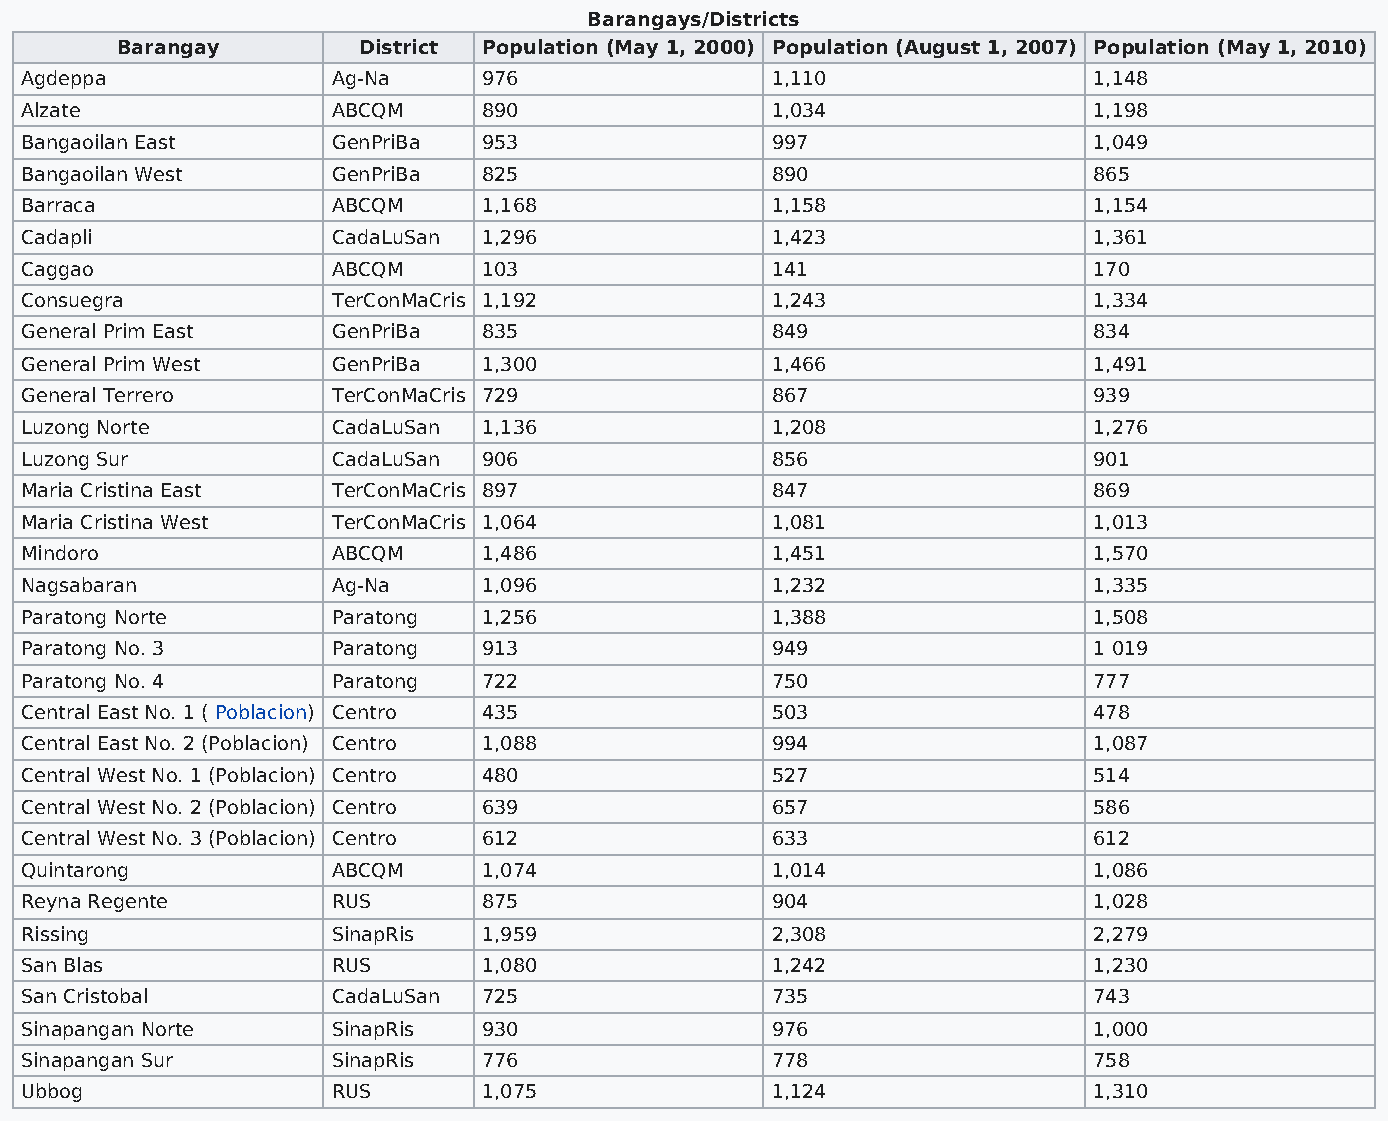
Barangays/Districts
 Barangay        District Population (May 1, 2000) Population (August 1, 2007) Population (May 1, 2010)
 Agdeppa              Ag-Na     976                1,110                1,148
 Alzate               ABCQM     890                1,034                1,198
 Bangaoilan East      GenPriBa  953                997                  1,049
 Bangaoilan West      GenPriBa  825                890                  865
 Barraca              ABCQM     1,168              1,158                1,154
 Cadapli              CadaLuSan 1,296              1,423                1,361
 Caggao               ABCQM     103                141                  170
 Consuegra            TerConMaCris 1,192           1,243                1,334
 General Prim East    GenPriBa  835                849                  834
 General Prim West    GenPriBa  1,300              1,466                1,491
 General Terrero      TerConMaCris 729             867                  939
 Luzong Norte         CadaLuSan 1,136              1,208                1,276
 Luzong Sur           CadaLuSan 906                856                  901
 Maria Cristina East  TerConMaCris 897             847                  869
 Maria Cristina West  TerConMaCris 1,064           1,081                1,013
 Mindoro              ABCQM     1,486              1,451                1,570
 Nagsabaran           Ag-Na     1,096              1,232                1,335
 Paratong Norte       Paratong  1,256              1,388                1,508
 Paratong No. 3       Paratong  913                949                  1 019
 Paratong No. 4       Paratong  722                750                  777
 Central East No. 1 ( Poblacion) Centro 435        503                  478
 Central East No. 2 (Poblacion) Centro 1,088       994                  1,087
 Central West No. 1 (Poblacion) Centro 480         527                  514
 Central West No. 2 (Poblacion) Centro 639         657                  586
 Central West No. 3 (Poblacion) Centro 612         633                  612
 Quintarong           ABCQM     1,074              1,014                1,086
 Reyna Regente        RUS       875                904                  1,028
 Rissing              SinapRis  1,959              2,308                2,279
 San Blas             RUS       1,080              1,242                1,230
 San Cristobal        CadaLuSan 725                735                  743
 Sinapangan Norte     SinapRis  930                976                  1,000
 Sinapangan Sur       SinapRis  776                778                  758
 Ubbog                RUS       1,075              1,124                1,310